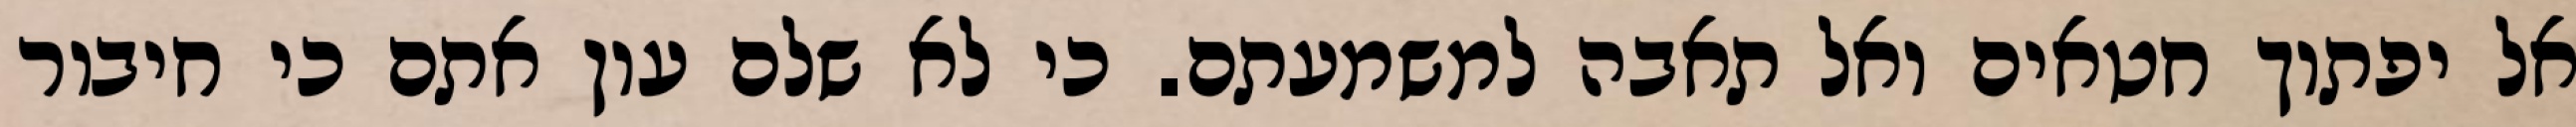
אל יפתוך חטאים ואל תאבה למשמעתם. כי לא שלם עון אתם כי חיבור